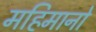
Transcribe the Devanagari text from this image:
महिमानो